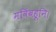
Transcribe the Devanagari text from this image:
मविंबहूनि।